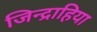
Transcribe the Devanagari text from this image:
जिन्द्राहिया